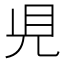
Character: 𧠇